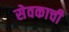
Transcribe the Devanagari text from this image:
सेवकाची